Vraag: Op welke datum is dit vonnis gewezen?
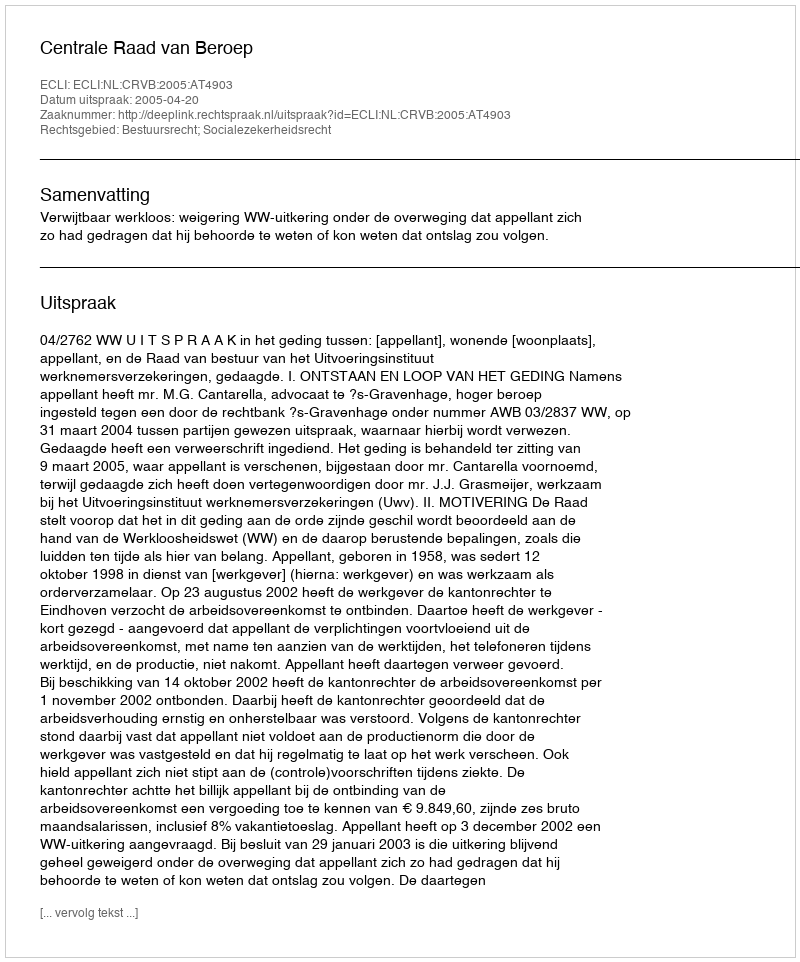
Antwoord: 2005-04-20